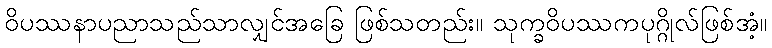
ဝိပဿနာပညာသည်သာလျှင်အခြေ ဖြစ်သတည်း။ သုက္ခဝိပဿကပုဂ္ဂိုလ်ဖြစ်အံ့။